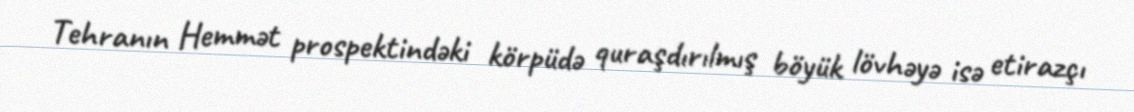
Tehranın Hemmət prospektindəki körpüdə quraşdırılmış böyük lövhəyə isə etirazçı